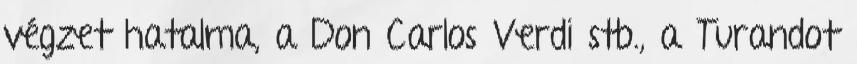
végzet hatalma, a Don Carlos Verdi stb., a Turandot